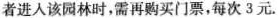
者进入该园林时，需再购买门票，每次3元。